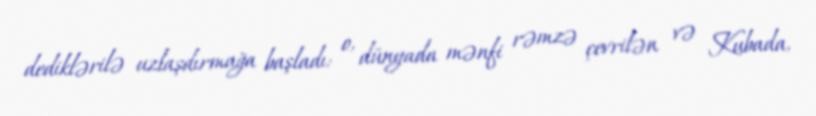
dediklərilə uzlaşdırmağa başladı: o, dünyada mənfi rəmzə çevrilən və Kubada,